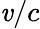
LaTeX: \mathit{v}/c